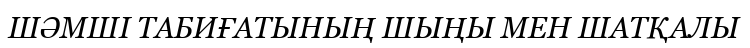
ШӘМШІ ТАБИҒАТЫНЫҢ ШЫҢЫ МЕН ШАТҚАЛЫ